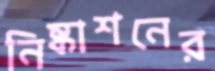
নিষ্কাশনের